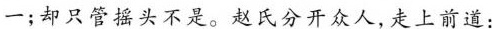
一；却只管摇头不是。赵氏分开众人，走上前道：